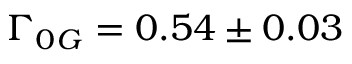
\Gamma _ { 0 G } = 0 . 5 4 \pm 0 . 0 3